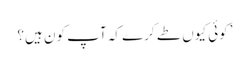
’کوئی کیوں طے کرے کہ آپ کون ہیں؟